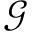
{ \mathcal G }